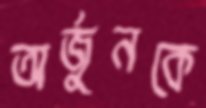
অর্জুনকে